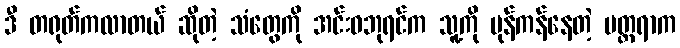
ဒီ တရုတ်ကလာတယ် ဆိုတဲ့ သံတွေကို အင်းဝဘုရင်က သူ့ကို ပုန်ကန်နေတဲ့ မတ္တရာက